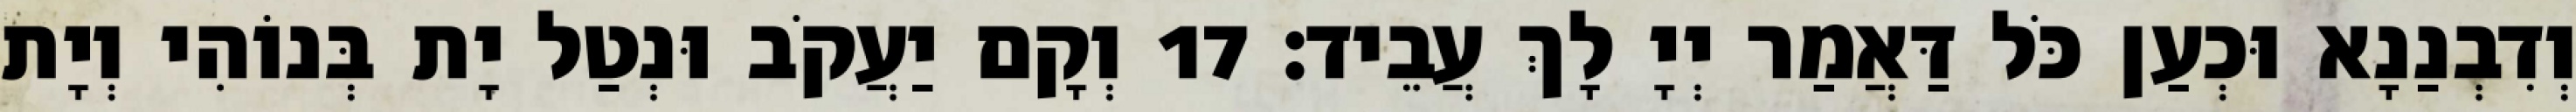
וְדִבְנַנָא וּכְעַן כֹּל דַּאֲמַר יְיָ לָךְ עֲבֵיד׃ 17 וְקָם יַעֲקֹב וּנְטַל יָת בְּנוֹהִי וְיָת